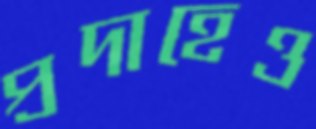
প্রদাহেও